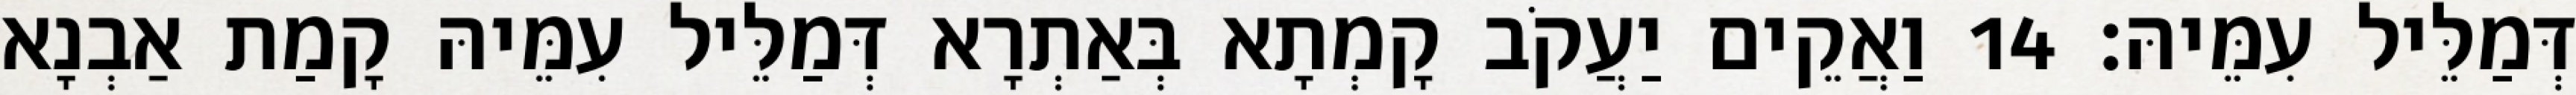
דְּמַלֵּיל עִמֵּיהּ׃ 14 וַאֲקֵים יַעֲקֹב קָמְתָא בְּאַתְרָא דְּמַלֵּיל עִמֵּיהּ קָמַת אַבְנָא